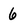
Character: 6